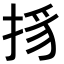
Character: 𢭺